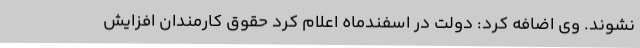
نشوند. وی اضافه کرد: دولت در اسفندماه اعلام کرد حقوق کارمندان افزایش